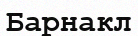
Барнакл